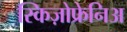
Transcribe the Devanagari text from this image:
स्किज़ोफ्रेनिअ